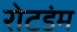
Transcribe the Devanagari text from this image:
रोटडंम